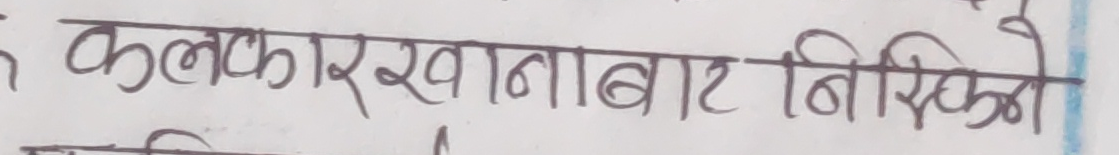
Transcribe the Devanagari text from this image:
कलकारखानाबाट निस्किने